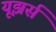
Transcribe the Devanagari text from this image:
यूझर्स